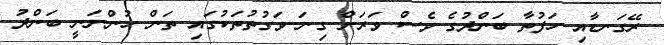
ރޭގަނޑާއި ހަފުތާ ބަންދުގެ ވެސް ވަރަށް ގިނަ ވަގުތުތަކުގައި ތަން ހުންނަނީ ބަންދު